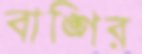
বাঙ্গির